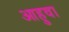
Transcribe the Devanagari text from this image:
आहुवा